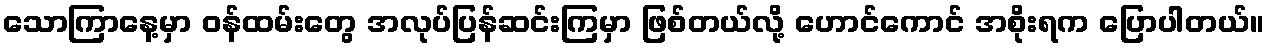
သောကြာနေ့မှာ ဝန်ထမ်းတွေ အလုပ်ပြန်ဆင်းကြမှာ ဖြစ်တယ်လို့ ဟောင်ကောင် အစိုးရက ပြောပါတယ်။